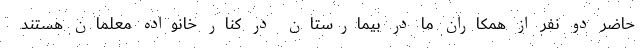
حاضر دو نفر از همکاران ما در بیمارستان در کنار خانواده معلمان هستند